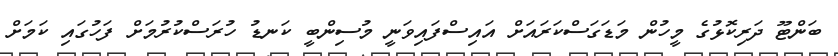
ބަންޓޫ ދަރިކޮޅުގެ މީހުން މަޑަގަސްކަރައަށް އައިސްފައިވަނީ މުސިންބީ ކަނޑު ހުރަސްކުރުމަށް ފަހުގައި ކަމަށް